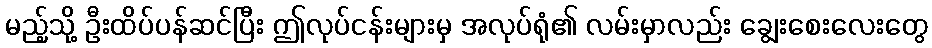
မည့်သို့ ဦးထိပ်ပန်ဆင်ပြီး ဤလုပ်ငန်းများမှ အလုပ်ရုံ၏ လမ်းမှာလည်း ချွေးစေးလေးတွေ